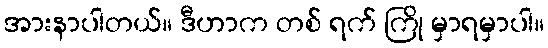
အားနာပါတယ်။ ဒီဟာက တစ် ရက် ကြို မှာရမှာပါ။